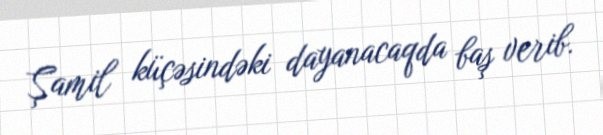
Şamil küçəsindəki dayanacaqda baş verib.